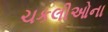
ચકલીઓના